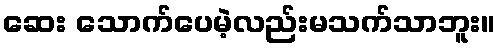
ဆေး သောက်ပေမဲ့လည်းမသက်သာဘူး။